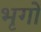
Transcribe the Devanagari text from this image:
भृगों